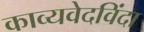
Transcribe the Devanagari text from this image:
काव्यवेदविंदा